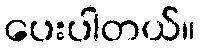
ပေးပါတယ်။